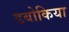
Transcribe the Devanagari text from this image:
डबोकिया